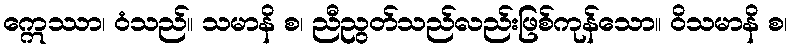
ဣေဿာ၊ ဝံသည်။ သမာနိ စ၊ ညီညွတ်သည်လည်းဖြစ်ကုန်သော။ ဝိသမာနိ စ၊